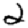
Digit: 2